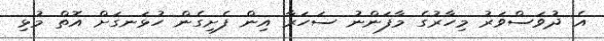
އެ ދުވަސްވަރު މިހާރުގެ މާފަންނު ސަހަރާ އިން ފެށިގެން ހުޅަނގަށް އޮތް މުޅި